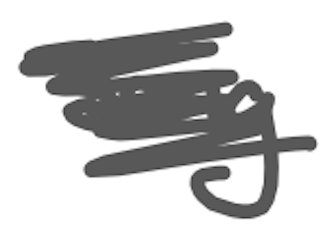
Text: song
Cross-out: scratch
Writing tool: digital_gray